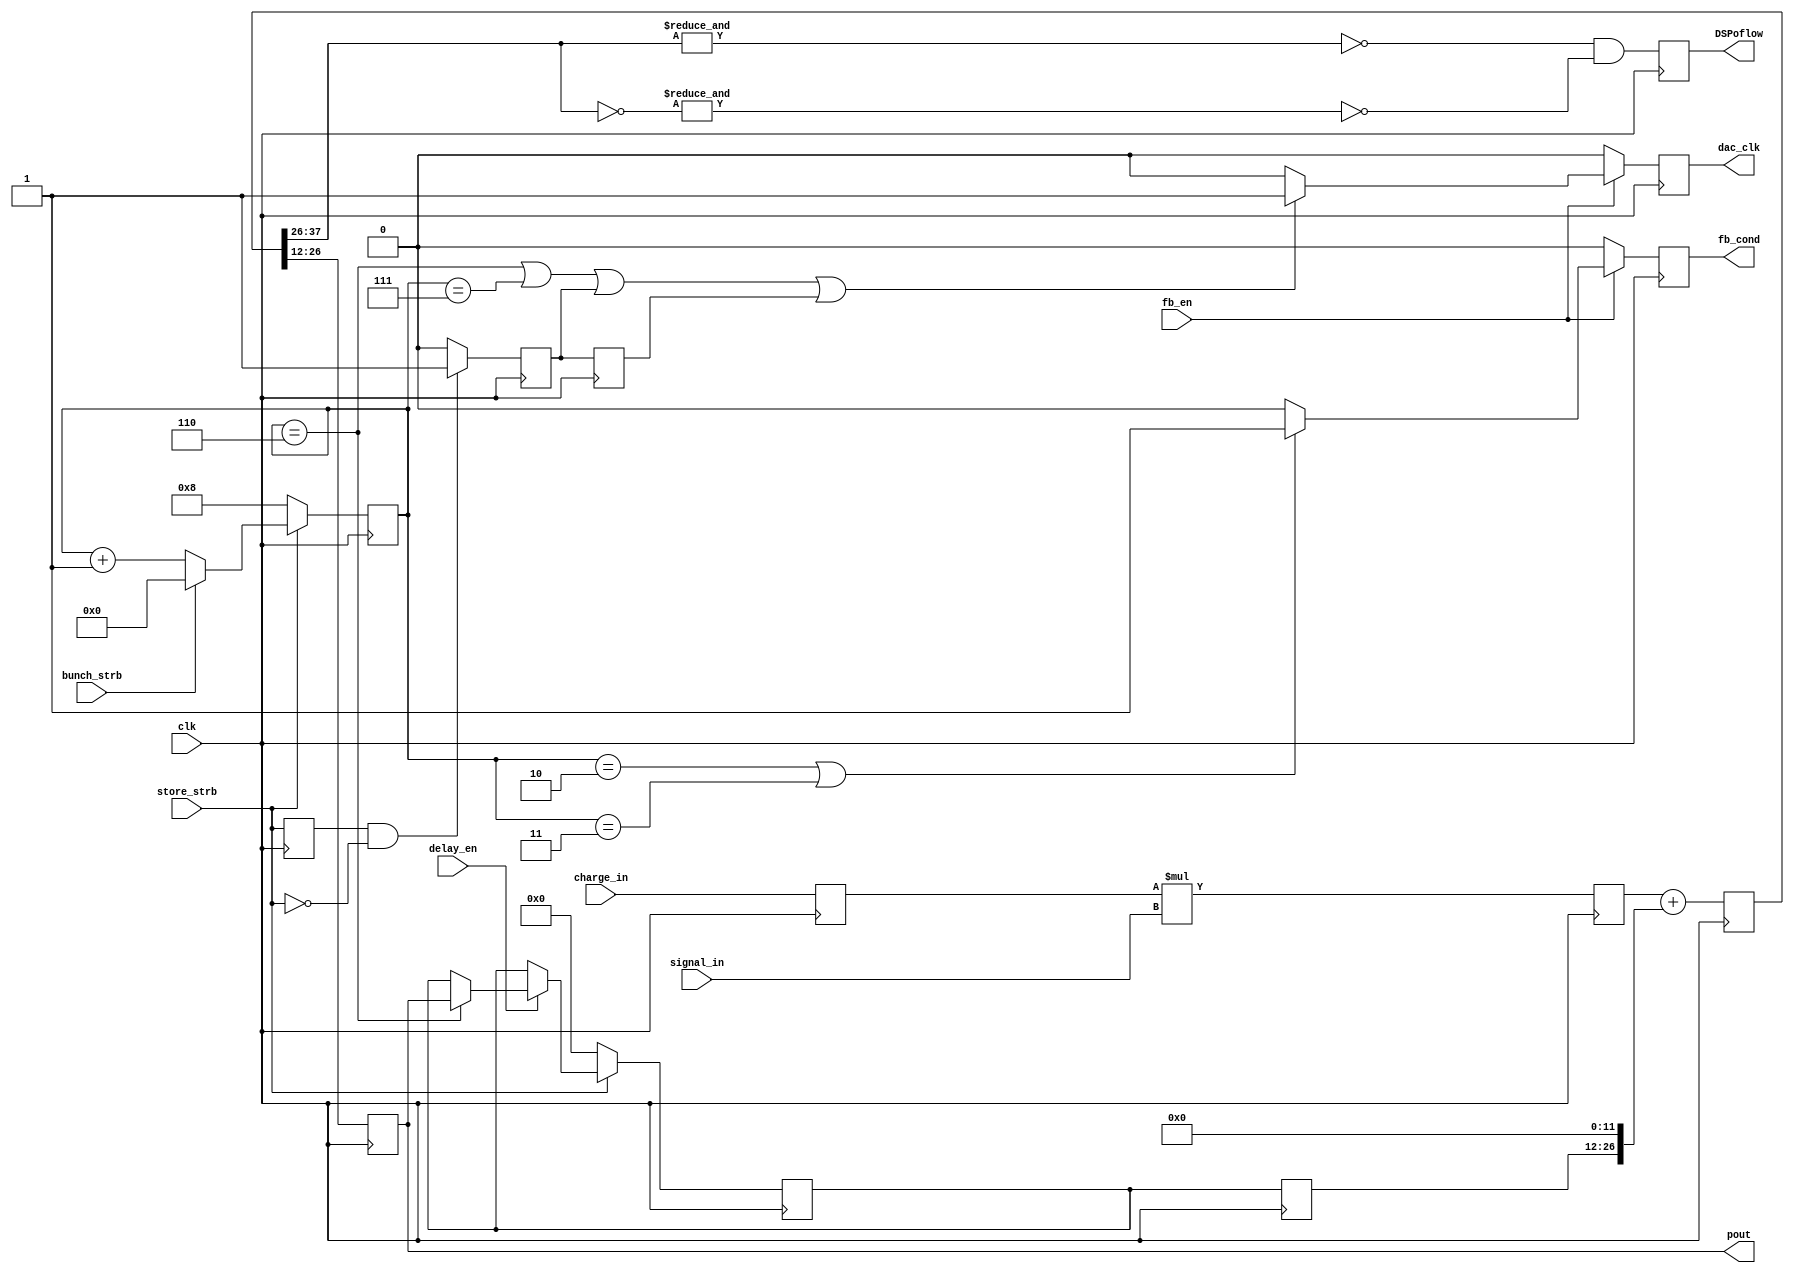
module DSPCalcModule(
			input signed [20:0] charge_in,
			input signed [16:0] signal_in,
			input delay_en,
			input clk,
			input store_strb,
			input fb_en,
			output reg signed [14:0] pout,
			input bunch_strb,
			output reg DSPoflow,
//			input signed [12:0] banana_corr,
			output reg fb_cond,
			output reg dac_clk
			
//			input fb_en
		
    );

(* equivalent_register_removal = "no"*) reg [7:0] j;

reg signed [37:0]  DSPtemp;
//reg signed [14:0] DSPtemp2;
reg signed [14:0] delayed; 
//initial DSPout=0;
reg signed [37:0] DSPout;
//reg DSPoflow=1'b0;

reg signed [20:0] chargeA = 21'd0;

always @ (posedge clk) begin
chargeA <= charge_in;
DSPtemp <= chargeA*signal_in;
//DSPtemp2=DSPtemp[24:12];   // Doesnt help timing!!!
DSPout <= DSPtemp+{delayed, 12'b0}; // Remove 4096 factor added for LUT // delayed 25 bits, 
pout<=DSPout[26:12];
DSPoflow<=(~&DSPout[37:26] && ~&(~DSPout[37:26]));
end

//reg signed [10:0] banana_fract;
// ***** Clk Counter after strobe *****
// No. of samples after bunch strb
always @ (posedge clk) begin
if (~store_strb) begin
j<=8;       
 end
else if (bunch_strb) begin j<=0;
//banana_fract<=banana_corr[12:2];    /// Bring in as 13 bit and pad with zeros to 25 bits
end
else if (~bunch_strb) begin
j<=j+1;
end
//else j<=10;
end

//reg [47:0] banana_corr_48=0;


// If more than two bunches multiplex to add banana correction
//k1_b2_offset

reg [14:0] delayed_a;
always @ (posedge clk) begin
delayed<=delayed_a; // add banana here
if (~store_strb) begin
delayed_a<=0;
end
else if (delay_en==1) begin
if (j==6) delayed_a<=pout;
end
end

//reg fb_cond2;


always @ (posedge clk) begin
if (fb_en) begin
if (j==2||j==3) fb_cond<=1;
else fb_cond<=0;
end
else fb_cond<=0;
end


(* equivalent_register_removal = "no"*) reg delay_store_strb;
reg clr_dac;
reg delay_clr_dac;


always @ (posedge clk) begin
if (fb_en) begin
if (j==6||j==7||clr_dac==1||delay_clr_dac==1) dac_clk<=1;
else dac_clk<=0;
end
else dac_clk<=0;
end



always @(posedge clk) begin
delay_store_strb<=store_strb;
delay_clr_dac<=clr_dac;
if ((delay_store_strb==1)&(store_strb==0)) clr_dac<=1;
else clr_dac<=0;
end

endmodule